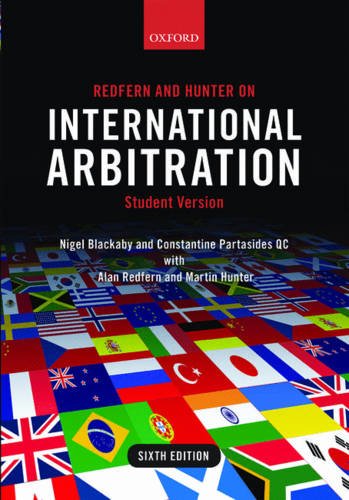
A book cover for Redfern and Hunter on International Arbitration; Nigel Blackaby; Law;